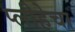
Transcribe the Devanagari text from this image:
प्लीहेचा